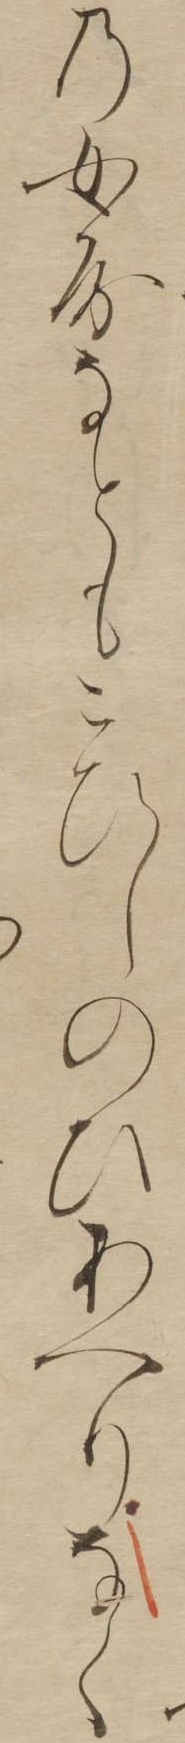
の女房なともこひしのひあへりなく